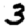
Digit: 3